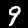
Label: 9